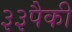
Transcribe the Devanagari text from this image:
३३पैकी